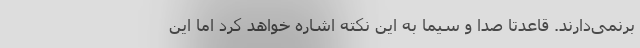
برنمی‌دارند. قاعدتا صدا و سیما به این نکته اشاره خواهد کرد اما این